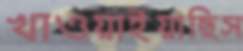
খাওয়াইয়াছিস